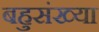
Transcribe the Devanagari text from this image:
बहुसंख्‍या